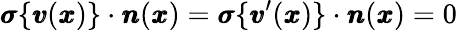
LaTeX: {\pmb\sigma}\{ {\pmb v}({\pmb x})\} \cdot{\pmb n}({\pmb x})={\pmb\sigma}\{ {\pmb v}^{\prime}({\pmb x})\} \cdot{\pmb n}({\pmb x})=0